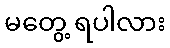
မတွေ့ ရပါလား